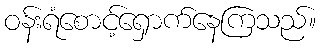
ဝန်းရံစောင့်ရှောက်နေကြသည်။